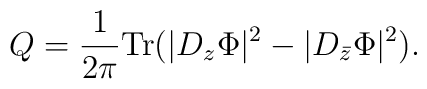
Q=\frac{1}{2\pi}{\rm Tr}(|D_z \Phi|^2-|D_{\bar{z}} \Phi|^2).